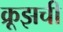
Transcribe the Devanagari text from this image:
क्रूझची